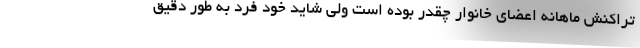
تراکنش ماهانه اعضای خانوار چقدر بوده است ولی شاید خود فرد به طور دقیق